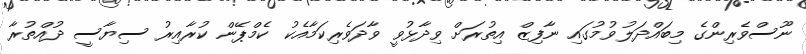
ނޫސްވެރިންގެ މިބައްދަލުވުމުގައި ނާފިޒް އިތުރަށް ވިދާޅުވީ ވާދަވެރިކަމާއެކު ކެމްޕޭން ކުރާއިރު ސިޔާސީ ދުއްތުރާ